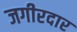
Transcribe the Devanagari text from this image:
जगीरदार